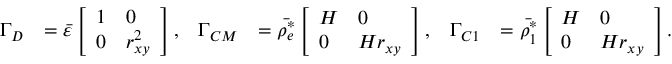
\begin{array} { r l r l r l } { \boldsymbol { \Gamma _ { D } } } & { = \Bar { \varepsilon } \left[ \begin{array} { l l } { 1 } & { 0 } \\ { 0 } & { r _ { x y } ^ { 2 } } \end{array} \right] , } & { \boldsymbol { \Gamma _ { C M } } } & { = \Bar { \rho _ { e } ^ { * } } \left[ \begin{array} { l l } { H } & { 0 } \\ { 0 } & { H r _ { x y } } \end{array} \right] , } & { \boldsymbol { \Gamma _ { C 1 } } } & { = \Bar { \rho _ { 1 } ^ { * } } \left[ \begin{array} { l l } { H } & { 0 } \\ { 0 } & { H r _ { x y } } \end{array} \right] . } \end{array}